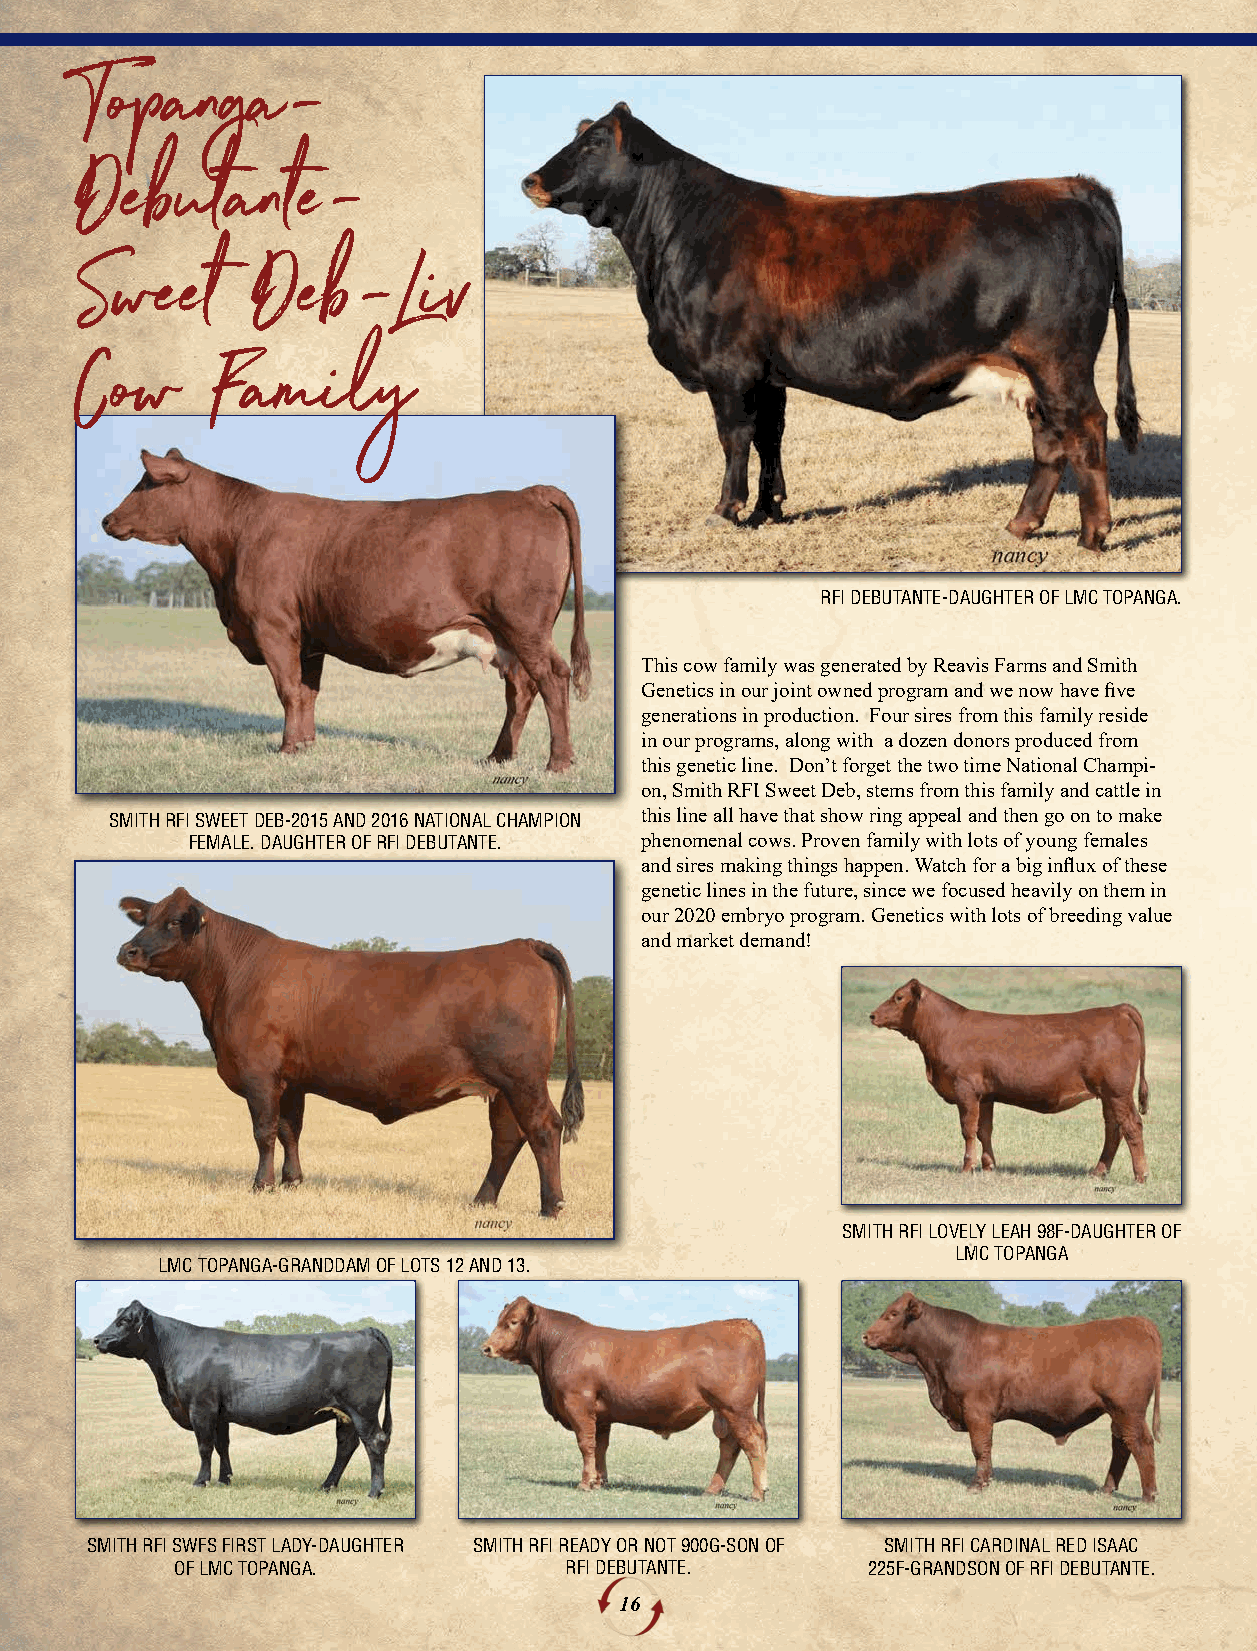
TTooppaannggaa--
 DDeebbuuttaannttee--
 SSwweeeett  DDeebb--LLiivv
 CCooww   FFaammiillyy
 RFI DEBUTANTE-DAUGHTER OF LMC TOPANGA.
 This cow family was generated by Reavis Farms and Smith
 Genetics in our joint owned program and we now have five
 generations in production. Four sires from this family reside
 in our programs, along with a dozen donors produced from
 this genetic line. Don’t forget the two time National Champi-
 on, Smith RFI Sweet Deb, stems from this family and cattle in
 SMITH RFI SWEET DEB-2015 AND 2016 NATIONAL CHAMPION this line all have that show ring appeal and then go on to make
 FEMALE. DAUGHTER OF RFI DEBUTANTE. phenomenal cows. Proven family with lots of young females
 and sires making things happen. Watch for a big influx of these
 genetic lines in the future, since we focused heavily on them in
 our 2020 embryo program. Genetics with lots of breeding value
 and market demand!
 SMITH RFI LOVELY LEAH 98F-DAUGHTER OF
 LMC TOPANGA
 LMC TOPANGA-GRANDDAM OF LOTS 12 AND 13.
 SMITH RFI SWFS FIRST LADY-DAUGHTER SMITH RFI READY OR NOT 900G-SON OF SMITH RFI CARDINAL RED ISAAC
 OF LMC TOPANGA.          RFI DEBUTANTE.      225F-GRANDSON OF RFI DEBUTANTE.
 16